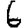
Digit: 6